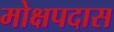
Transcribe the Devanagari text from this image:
मोक्षपदास